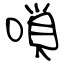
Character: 嗩